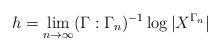
LaTeX: \begin{align*}h = \lim_{n\to\infty} (\Gamma : \Gamma_n)^{-1} \log |X^{\Gamma_n}|\end{align*}